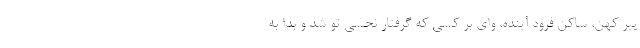
پير كهن، ساكن فرود آينده، واي بر كسي كه گرفتار نحسي تو شد و بدا به